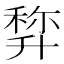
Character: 𠦿